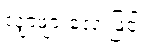
လျှာဖျားလေးဖြင့်